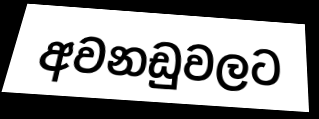
අවනඩුවලට